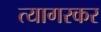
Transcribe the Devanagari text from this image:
त्यागरकर